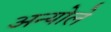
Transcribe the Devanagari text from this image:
अन्योले